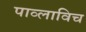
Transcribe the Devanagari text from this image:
पाव्लाविच